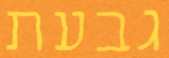
גבעת